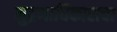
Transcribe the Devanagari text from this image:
मुद्रणाधिकाराचा